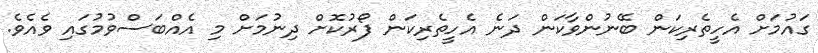
ގައުމަށް އެހީތެރިކަން ބޭނުންވާކަން ދަނެ އެހީތެރިކަން ފޯރުކޮށް ދިނުމަށް މި އެއްބަސްވުމުގައި ވެއެވެ.